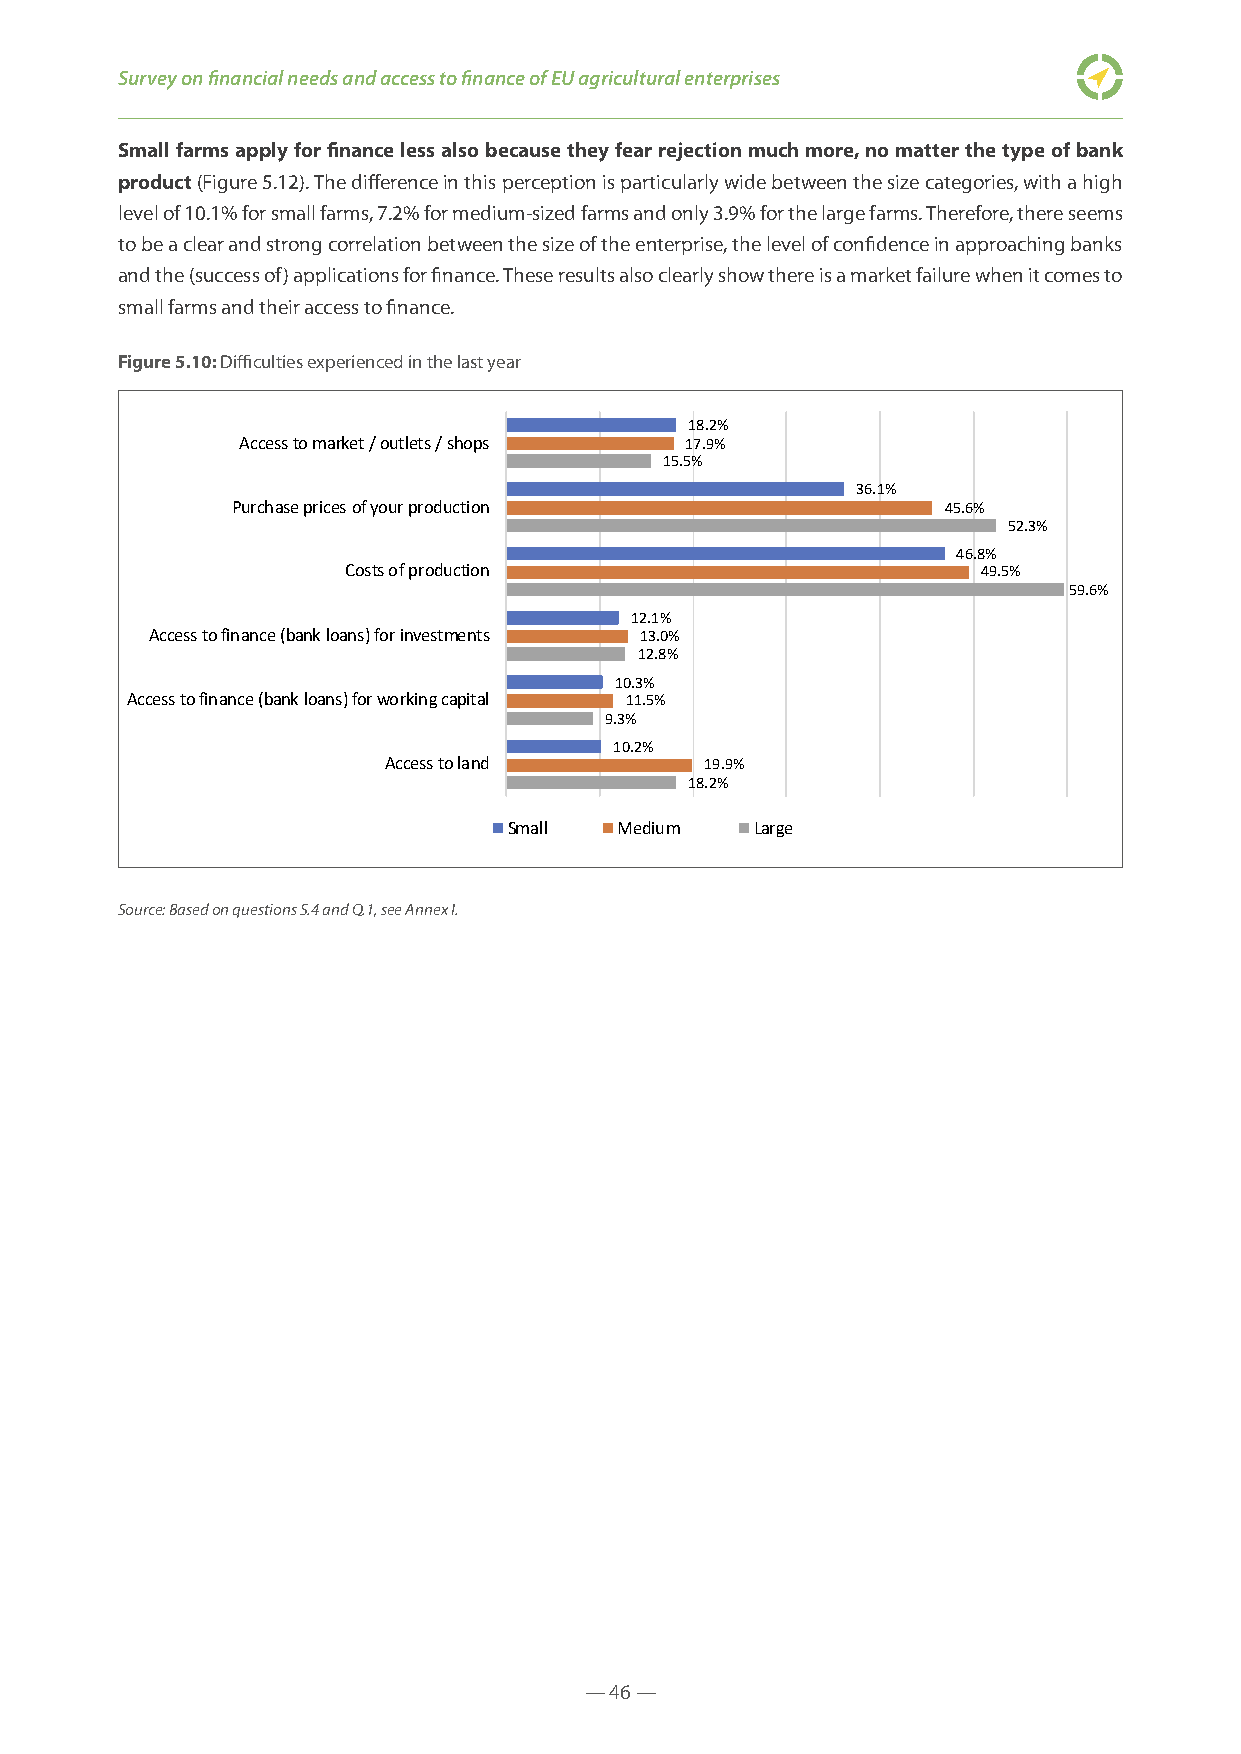
Survey on financial needs and access to finance of EU agricultural enterprises
 Small farms apply for finance less also because they fear rejection much more, no matter the type of bank
 product (Figure 5.12). The difference in this perception is particularly wide between the size categories, with a high
 level of 10.1% for small farms, 7.2% for medium-sized farms and only 3.9% for the large farms. Therefore, there seems
 to be a clear and strong correlation between the size of the enterprise, the level of confidence in approaching banks
 and the (success of) applications for finance. These results also clearly show there is a market failure when it comes to
 small farms and their access to finance.
 Figure 5.10: Difficulties experienced in the last year
 18.2%
 Access to market / outlets / shops 17.9%
 15.5%
 36.1%
 Purchase prices of your production             45.6%
 52.3%
 46.8%
 Costs of production                       49.5%
 59.6%
 12.1%
 Access to finance (bank loans) for investments 13.0%
 12.8%
 10.3%
 Access to finance (bank loans) for working capital 11.5%
 9.3%
 10.2%
 Access to land        19.9%
 18.2%
 Small  Medium   Large
 Source: Based on questions S.4 and Q.1, see Annex I.
 — 46 —